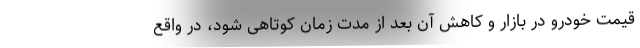
قیمت خودرو در بازار و کاهش آن بعد از مدت زمان کوتاهی شود، در واقع